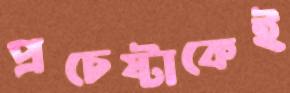
প্রচেষ্টাকেই